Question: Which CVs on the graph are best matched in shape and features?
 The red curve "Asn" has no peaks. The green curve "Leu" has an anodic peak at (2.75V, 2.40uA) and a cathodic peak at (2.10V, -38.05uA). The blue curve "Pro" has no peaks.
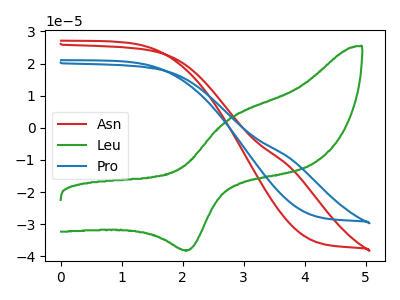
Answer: <think>"Asn" and "Leu" have a different number of peaks. Neither "Asn" or "Pro" have any peaks. "Leu" and "Pro" have a different number of peaks.
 </think>
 <answer>"Asn" and "Pro" have the same shape and are likely CV's of the same chemical.</answer>
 <eval>"Asn" "Pro"</eval>